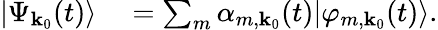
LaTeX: \begin{array}{rl}{\lvert\Psi_{\textbf{k}_{0}}(t)\rangle}&{{}=\sum_{m}\alpha_{m,\textbf{k}_{0}}(t)\lvert\varphi_{m,\textbf{k}_{0}}(t)\rangle.}\end{array}